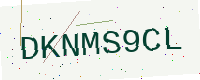
Text: DKNMS9CL